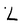
Character: L